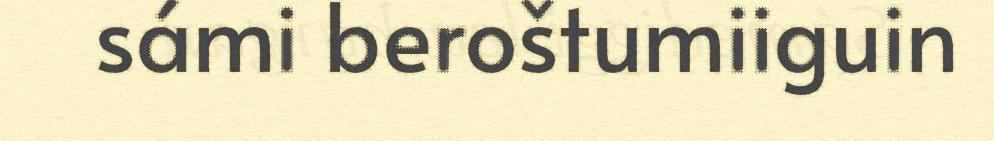
sámi beroštumiiguin